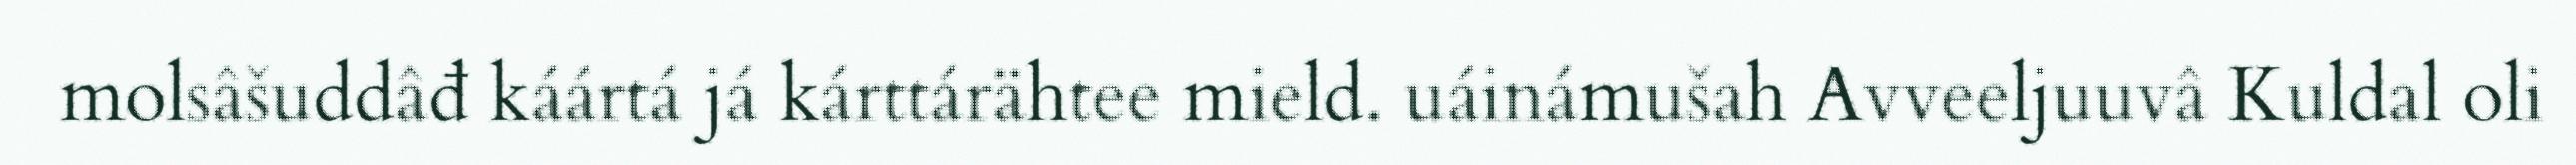
molsâšuddâđ káártá já kárttárähtee mield. uáinámušah Avveeljuuvâ Kuldal oli